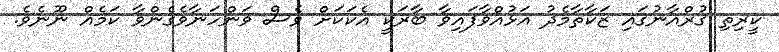
ކީރިތި ޤުރްއާނުގައި ޒަކާތާމެދު އަޅުއްވާފައިވާ ބާރަކީ އެކަކަށް ވެސް ވަންހަނާވެގެންވާ ކަމެއް ނޫނެވެ.